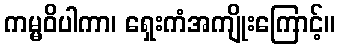
ကမ္မဝိပါကာ၊ ရှေးကံအကျိုးကြောင့်။